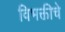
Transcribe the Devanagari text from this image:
विभक्तीचे